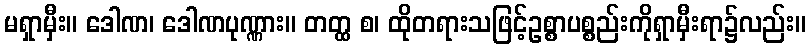
မရှာမှီး။ ဒေါဏ၊ ဒေါဏပုဏ္ဏား။ တတ္ထ စ၊ ထိုတရားသဖြင့်ဥစ္စာပစ္စည်းကိုရှာမှီးရာ၌လည်း။